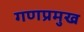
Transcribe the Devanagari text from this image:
गणप्रमुख